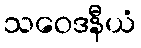
သဝေဒနီယံ